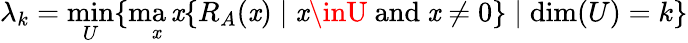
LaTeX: \lambda_{k}=\operatorname*{min}_{U}\{ \operatorname*{ma\mathit{x}}_{\mathit{x}}\{ R_{A}(\mathit{x})\mid\mathit{x}\inU{\mathrm{{~and~}}}\mathit{x}\neq0\} \mid\dim(U)=k\}